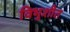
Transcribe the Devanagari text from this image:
विभुशीत